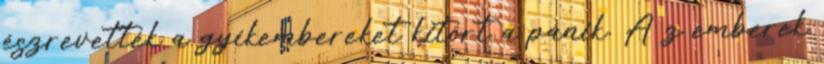
észrevették a gyíkembereket kitört a pánik. A z emberek